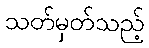
သတ်မှတ်သည့်